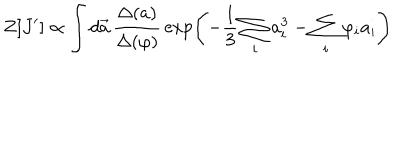
Z [ J ^ { \prime } ] \propto \int d \vec { a } \, \frac { \Delta ( a ) } { \Delta { ( \varphi ) } } \, \exp \left( - \frac { 1 } { 3 } \sum _ { i } a _ { i } ^ { 3 } - \sum _ { i } \varphi _ { i } a _ { i } \right)